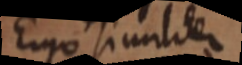
Ergo simuliter